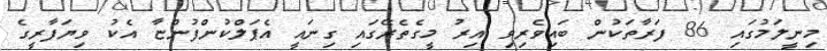
މިނީލަމުގައި 86 ފަރާތަކުން ބައިވެރިވި އިރު މީގެތެރޭގައި ގިނައީ އެޕަލްކުންފުންޏާ އެކު ވިޔަފާރީގެ